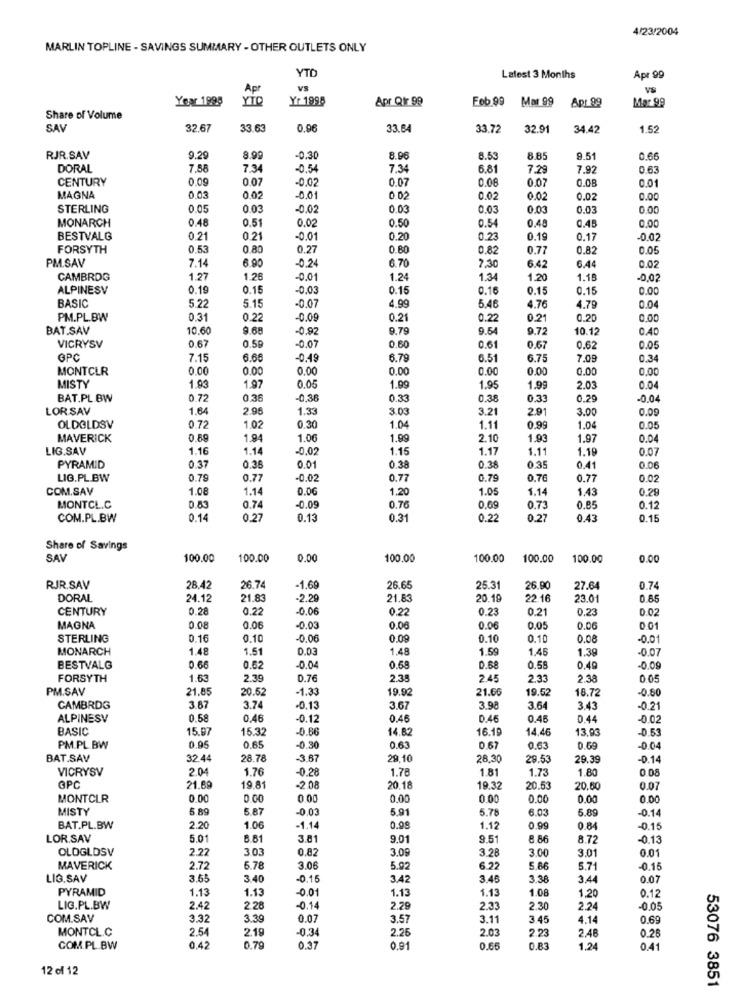
4/23/2004
MARLIN TOPLINE - SAVINGS SUMMARY - OTHER OUTLETS ONLY
YTD
Latest 3 Months
Apr 99
Apr
VS
Year 1998
YİQ
Yr 1998
Apr Qir 99
Feb.99
Mar 99
Apr 99
Mar 99
Share of Volume
SAV
32.67
33.6
0.96
33.64
33.72
32.91
34.42
1.52
RJR.SAV
9.29
8.99
-0.30
8.96
8.53
8.85
9.51
0.60
DORAL
7.58
7.3
-0.54
7.34
6.81
7.29
7.92
0.63
CENTURY
0.09
0.07
-0.02
0.07
0.08
0.07
0.08
0.01
MAGNA
0,03
0.02
0.02
0.02
0.02
0.02
0.00
STERLING
0.05
0.03
-0.02
0.03
0.03
0.03
0.03
0.00
0.51
0.50
0.48
MONARCH
0.48
0.02
0.54
0.45
0.00
BESTVALG
0.21
0.21
-0.01
0.20
0.23
0.19
0.17
-0.02
FORSYTH
0.53
0 80
0.27
0.80
0.82
0.77
0.82
0.05
PM.SAV
7.14
6.90
-0.24
6.70
7.30
6.42
6.44
0.02
CAMBRDG
1.27
1.26
-0.01
1.24
1.34
1.20
1.18
-0,02
ALPINESV
0.19
0.15
-0.03
0.15
0.16
0.15
0.15
0.00
BASIC
-0.07
4.99
5.22
5.15
5.46
4.76
4.79
0.04
PM.PL.BW
0.31
0.22
-0.09
0.21
0.22
0.21
0.20
0.00
BAT.SAV
10.60
9.68
-0.92
9.79
9.54
9.72
10.12
0.07
VICRYSV
0.67
0.59
0.60
0.61
0.67
0.62
0.05
GPC
7.15
6.6€
-0.49
6.79
6.51
6.75
7.05
0.34
MONTCLR
0.00
0.00
0.00
0.00
0.00
0.00
0.00
0.00
MISTY
1.93
1.97
0.05
1.99
1.95
1.99
2.03
BAT.PL BW
0.72
0.36
-0,36
0.33
0.38
0.33
0.29
-0.04
LORSAV
1.64
2.96
1.33
3.03
3.21
2.91
3.00
0.09
OLDOLDSV
0.72
1.02
0.30
1.04
1.11
0.99
1.04
0.05
MAVERICK
0.69
1.94
1.06
1.99
2.10
1.93
1.97
0.04
LIG.SAV
1.16
1.14
-0.02
1.15
1.17
1.11
1.19
0.07
PYRAMID
0.37
0.35
0.01
0.38
0.38
0.35
0.41
0.06
LIG.PL.BW
0.79
0.77
-0.02
0.77
0.79
0.76
0.77
0.02
COM.SAV
1.08
1.14
0.00
1.20
1.05
1.14
1.43
0.28
MONTCL.C
0.83
0.74
-0.09
0.76
0.69
0.73
0.85
0.12
COM.PL.BW
0.14
0.27
0.13
0.31
0.22
0.27
0.43
0.15
Share of Savings
SAV
100.00
100.00
0.00
100.00
100.00
100.00
100.00
0.00
RJR.SAV
28,42
26.7
-1.69
26.65
25.31
26.90
27.64
0.74
DORAL
24.12
21.8
-2.29
21.83
20.19
22.16
23.01
0.85
CENTURY
0.28
0.22
-0.06
0.22
0.23
0.21
0.23
0.02
MAGNA
0.08
0.06
-0.03
0.06
0.06
0.05
0.06
0 01
STERLING
0.16
0.10
-0.06
0.09
0.10
0.10
0.08
-0.01
MONARCH
1.48
1.51
0.03
1.48
1.59
1.45
1.39
0.07
BESTVALG
0.66
0.62
-0.04
0.58
0.68
0.58
0.49
FORSYTH
1.63
2.39
0.76
2.35
2.45
2.33
2.38
005
PM.SAV
21.85
20.5
-1.33
19.92
21.66
19.52
18.72
-0.60
CAMBRDG
3.67
3.74
-0.13
3.67
3.9
3.64
3.43
-021
ALPINESV
0.58
0.46
-0.12
0.46
0.46
0.45
0.44
-0.0
BASIC
15.97
15.32
-0.66
14.82
16.19
14.46
13,93
-0.53
PM.PL. BW
0.95
0.65
-0.30
0.63
0.67
0.63
0.69
-0.04
BAT.SAV
32.44
28.78
-3.67
29.10
28.30
29.53
29.39
0.14
VICRYSV
2.04
1.76
-0.28
1.78
1.81
1.73
1.80
0.08
GPC
21.69
19.81
-2.08
20.18
19.32
20.53
20.50
0.07
MONTCLR
0.00
0.00
0 00
0.00
0 00
0.00
0.00
0.00
MISTY
5.89
5.87
-0.03
5.91
5.78
6.03
5.89
-0.14
BAT.PL.BW
2.20
1.06
-1.14
0.08
1.12
0.99
0.84
-0.15
LOR.SAV
5.0
8.81
3.81
9.01
9.51
8.86
8.72
-0.13
OLDGLDSV
2.22
3.03
0.82
3.09
3.28
3.00
3.01
0.01
MAVERICK
2.72
6.78
3.06
5.92
6.22
5.86
5.71
-0.15
LIG.SAV
3.65
3.40
0.15
3.42
3.46
3.38
3.44
0.07
PYRAMID
1.13
1.13
-0.01
1.13
1.13
1.08
1,20
0.12
LIG.PL.BW
2.42
2 28
-0.14
2.79
2.30
2.24
-0.05
COM.SAV
3.32
3.39
0.07
3.57
3.11
3 45
4.14
0.69
MONTCL.C
2.54
219
-0,34
2.26
2.03
2.23
2.48
0.26
COM.PL.BW
0,42
0.79
0.37
0.91
0.65
0.83
1.24
0.41
12 of 12
53076 3851